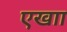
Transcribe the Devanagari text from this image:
एखाा